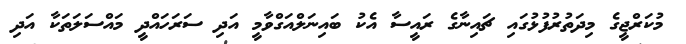
މުކަރްޖީގެ މިދަތުރުފުޅުގައި ޗައިނާގެ ރައީސާ އެކު ބައިނަލްއަގްވާމީ އަދި ސަރަހައްދީ މައްސަލަތަކާ އަދި